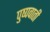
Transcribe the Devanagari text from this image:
पुष्पवाती